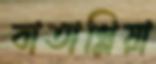
বাতাগ্লিয়া